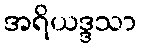
အရိယဒ္ဒသာ